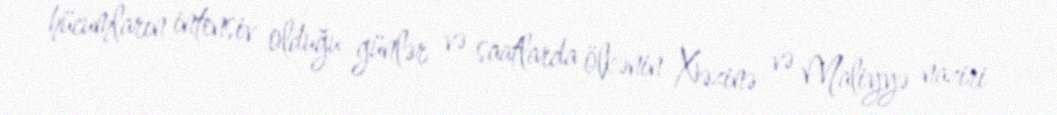
hücumların intensiv olduğu günlər və saatlarda ölkənin Xəzinə və Maliyyə naziri